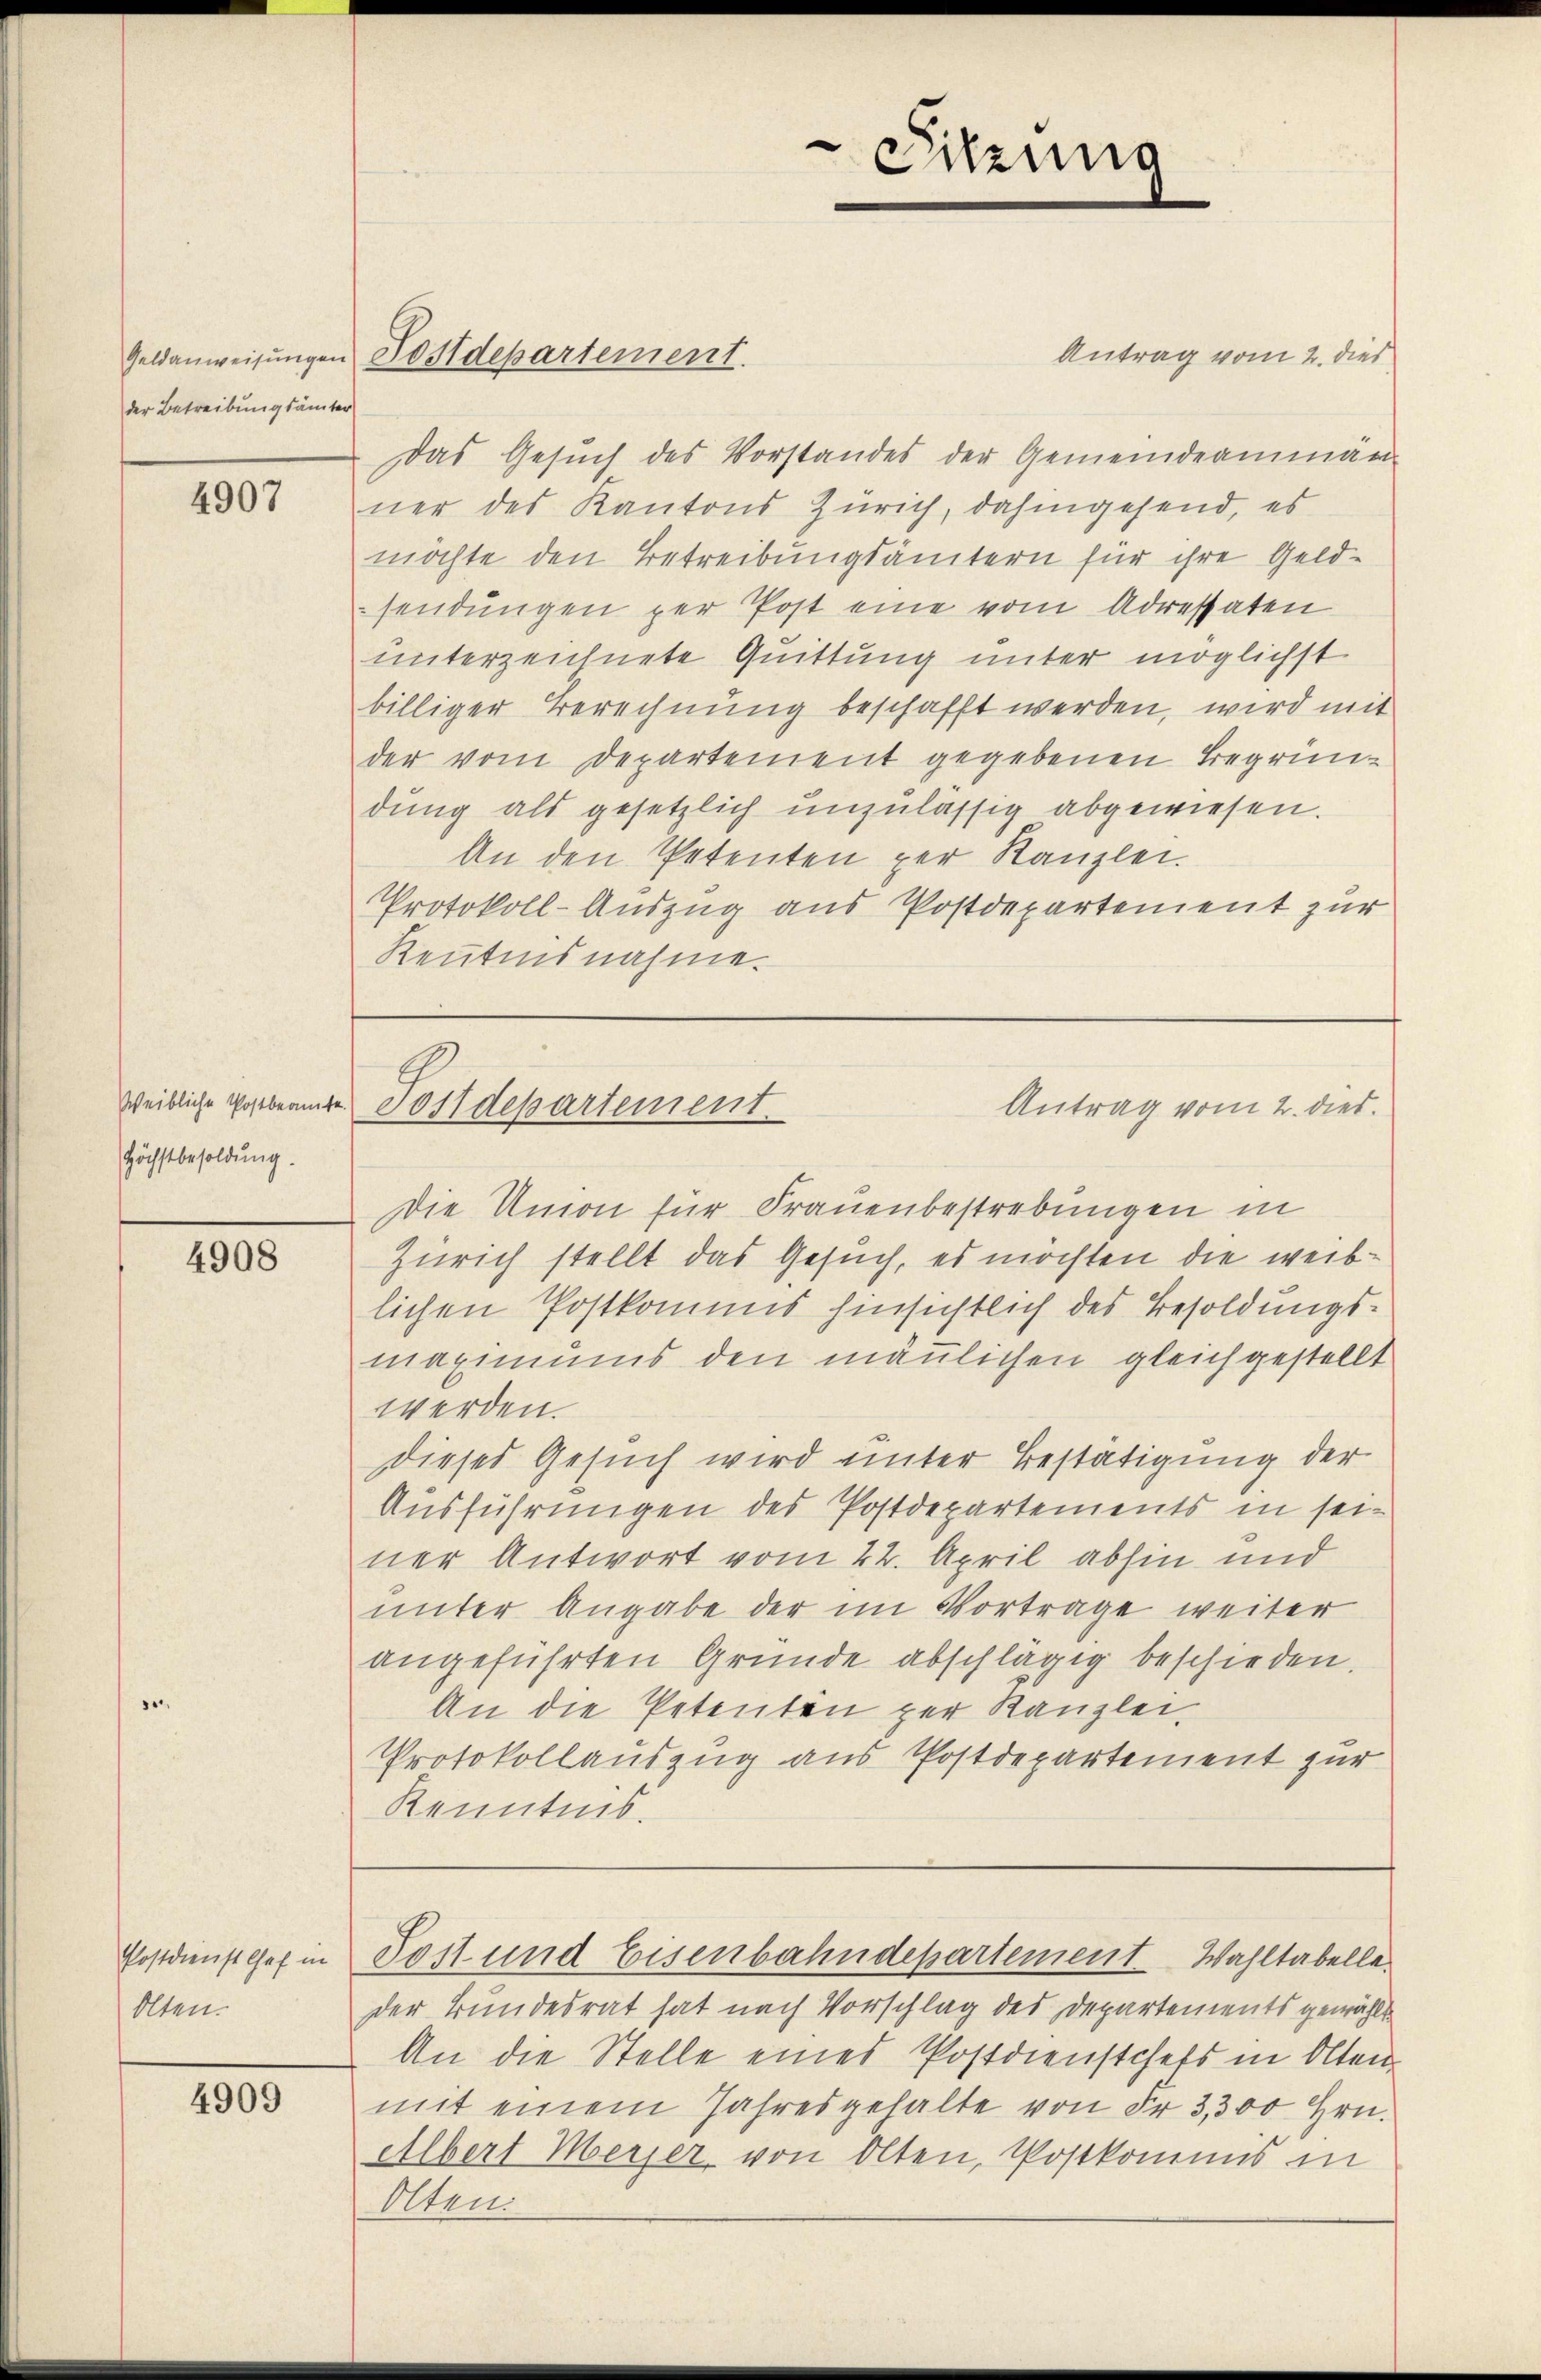
der Betreibung sämter

4907

Höchstbesoldung.

4908

Postdienst Chef in
Olten.

4909

Antrag vom 2. dies
Das Gesŭch des Vorstandes der Gemeindeammän-
ner des Kantons Zürich, dahingesend, es
möchte den Betreibungsämtern für ihre Geldsendungen per Post eine vom Adressaten
unterzeichnete Quittung unter möglichst
billiger Berechnung beschafft werden, wird mit
der vom Departement gegebenen Begründung als gesetzlich unzulässig abgewiesen.
An den Petenten per Kanzlei.
Protokoll-Auszug aus Postdepartement zur
Kentensnahme.

Geldanweisŭngen Postdepartement.

.
Sitzung

weibliche Postbeamte Postdepartement.
Antrag vom 2. dies

Die Union für Frauenbestrebungen in
Zürich stellt das Gesuch, es möchten die weiblichen Postkommis hinsichtlich des Besoldungsmaximums den mänlichen gleichgestellt
werden.
dieses Gesuch wird unter Bestätigung der
Ausführungen des Postdepartements in seiner Antwort vom 22. April abhin und
unter Angabe der im Vortrage weiter
angeführten Gründe abschlägig beschieden.
An die Petenten zur Kanzlei.
Protokollauszug aus Postdepartement zur
Kenntnis.

Post und Eisenbahndepartement. Wahltabelle

der Bundesrat hat nach Vorschlag des Departements gewählt
An die Stelle eines Postdienstchefs in Oltenmit einem Jahresgehalte von der 3,300 Hrn.
Albert Merjer von Olten, Postkommis in
Olten.